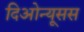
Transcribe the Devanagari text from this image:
दिओन्यूसस